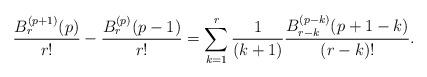
LaTeX: \begin{align*} \frac{B_{r}^{(p+1)}(p)}{r!} - \frac{B_{r}^{(p)}(p-1)}{r!} = \sum_{k=1}^{r} \frac{1}{(k+1)} \frac{B_{r-k}^{(p-k)}(p+1-k)}{(r-k)!}. \end{align*}